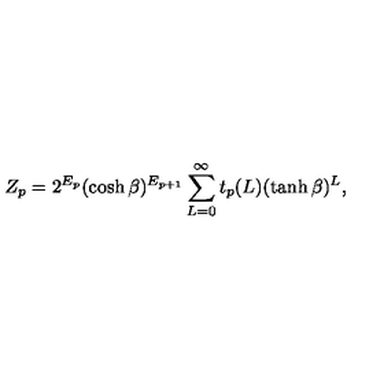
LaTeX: Z _ { p } = 2 ^ { E _ { p } } ( \cosh \beta ) ^ { E _ { p + 1 } } \sum _ { L = 0 } ^ { \infty } t _ { p } ( L ) ( \tanh \beta ) ^ { L } ,